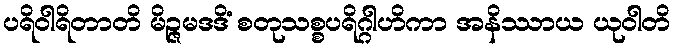
ပရိဝါရိတာတိ မိဉ္ဇမဒဒိံ စတုသစ္စပရိဂ္ဂါဟိကာ အနိဿာယ ယုဝါတိ